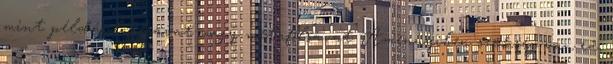
mint például fólsavat vagy metafólsavat. Amennyiben szükség van rá,